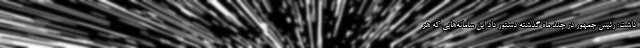
داشت: رئیس جمهور در چند ماه گذشته دستور داد این سامانه‌هایی که هر